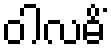
ဝါလဓိံ